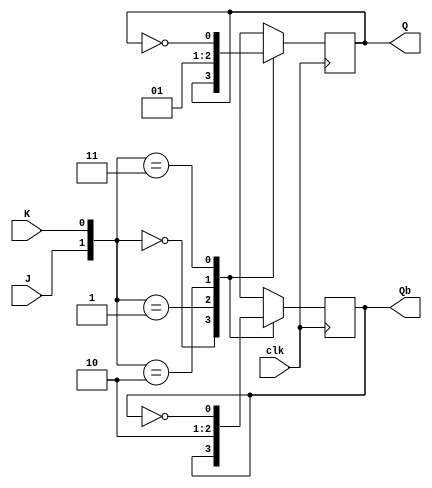
module JK_ff(J, K, clk, Q, Qb);
  output reg Q, Qb;
  input wire J, K, clk;

  initial begin
    Q  = 1'b0;
    Qb = 1'b1;
  end

  always @ (posedge clk)
  begin
    case({J,K})
      2'b00: begin Q =  Q; Qb =  Qb; end // no change
      2'b01: begin Q =  0; Qb =   1; end
	  	2'b10: begin Q =  1; Qb =   0; end
	  	2'b11: begin Q = ~Q; Qb = ~Qb; end  // toggle
	  endcase
   end

endmodule